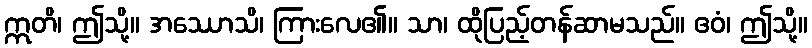
ဣတိ၊ ဤသို့။ အဿောသိ၊ ကြားလေ၏။ သာ၊ ထိုပြည့်တန်ဆာမသည်။ ဧဝံ၊ ဤသို့။